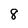
Character: 8